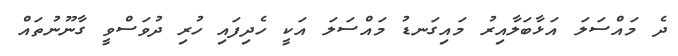
ދެ މައްސަލަ އަޅާބަލާއިރު މައިގަނޑު މައްސަލަ އަކީ ހެދިފައި ހުރި ދުވަސްވީ ގާނޫނުތައް